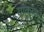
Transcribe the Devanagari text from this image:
याकुब्को